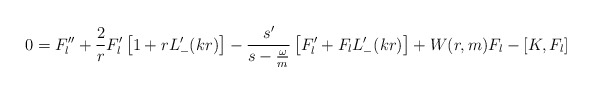
\begin{align*}0=F_l^{\prime\prime}+\frac{2}{r}F_l^\prime \left[1+rL_-^\prime(kr)\right] -\frac{s^\prime}{s-\frac{\omega}{m}} \left[F_l^\prime+F_l L_-^\prime(kr)\right] +W(r,m) F_l -\left[K,F_l\right] \end{align*}